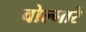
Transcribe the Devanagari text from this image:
वोल्गारे